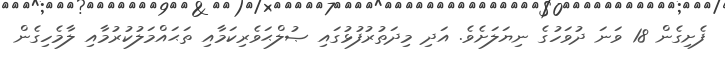
ފެށިގެން 18 ވަނަ ދުވަހުގެ ނިޔަލަށެވެ. އަދި މިދަތުރުފުޅުގައި ޞުލްޙަވެރިކަމާއި ތަޙައްމަލުކުރުމާއި ލާމެހިގެން